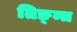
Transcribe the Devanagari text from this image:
तिङ्न्त